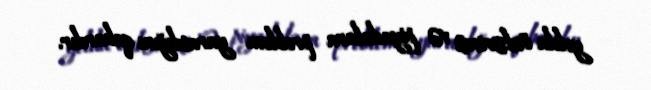
yolda özlərinə və piyadalara problem yaratdığını qabardır.